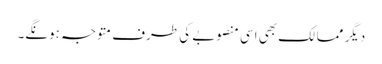
دیگر ممالک بھی اسی منصوبے کی طرف متوجہ ہونگے۔